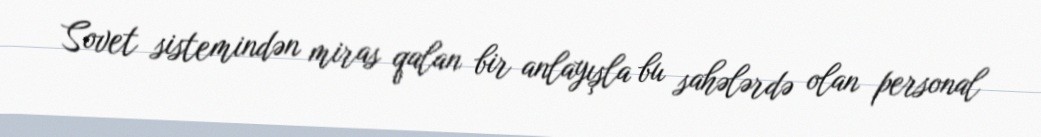
Sovet sistemindən miras qalan bir anlayışla bu sahələrdə olan personal